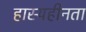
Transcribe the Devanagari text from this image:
हास्यहीनता